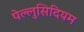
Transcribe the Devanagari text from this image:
पेल्लुसिदियम